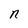
Character: n